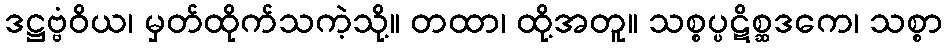
ဒဋ္ဌဗ္ဗံဝိယ၊ မှတ်ထိုက်သကဲ့သို့။ တထာ၊ ထို့အတူ။ သစ္စပ္ပဋိစ္ဆဒကေ၊ သစ္စာ